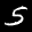
Label: 5